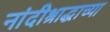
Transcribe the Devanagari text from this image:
नांदीश्राद्धाच्या